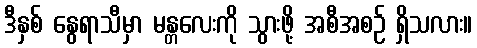
ဒီနှစ် နွေရာသီမှာ မန္တလေးကို သွားဖို့ အစီအစဉ် ရှိသလား။